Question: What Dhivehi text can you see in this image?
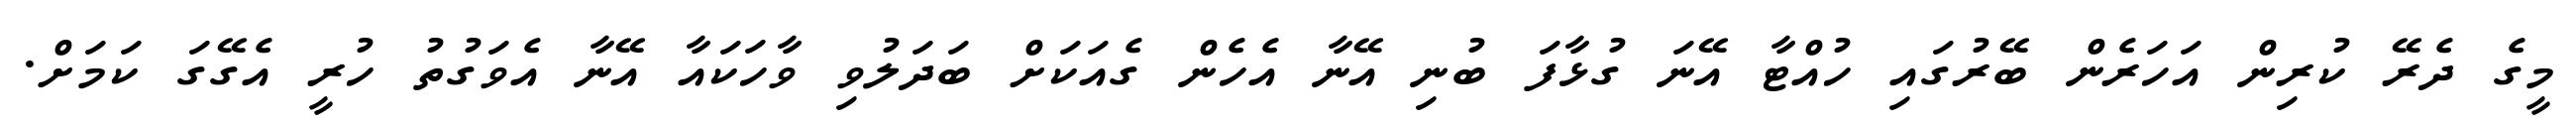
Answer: މީގެ ދެރޭ ކުރިން އަހަރެން ބޭރުގައި ހުއްޓާ އޭނަ ގުޅާފަ ބުނި އޭނާ އެހެން ގެއަކަށް ބަދަލުވި ވާހަކައާ އޭނާ އެވަގުތު ހުރީ އެގޭގަ ކަމަށް.